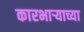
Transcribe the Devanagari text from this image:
कारभार्‍याच्या